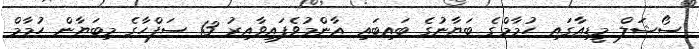
ސޯޝަލް މީޑިއާގައި ހުމާމްގެ ބަޔާނުގެ ބައިބައި އާންމުވެފައިވާއިރު 13 ސަފްހާގެ މިބަޔާން ހުމާމް